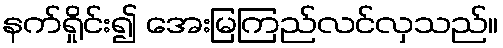
နက်ရှိုင်း၍ အေးမြကြည်လင်လှသည်။